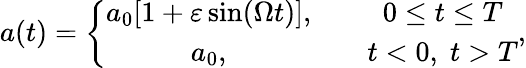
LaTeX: a(t)=\left\{ \begin{array}{cc}{{a_{0}[1+\varepsilon\sin(\Omega t)],}}&{{\quad 0\leq t\leq T}}\\ {{a_{0},}}&{{\quad t<0,\; t>T}}\end{array}\right.,